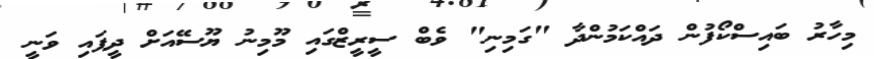
މިހާރު ބައިސްކޯފުން ދައްކަމުންދާ "ގަމިނި" ވެބް ސީރީޒްގައި މޫމިނު ޔޫސޭއަށް ދީފައި ވަނީ